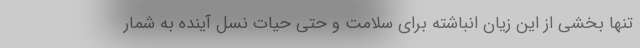
تنها بخشی از این زیان انباشته برای سلامت و حتی حیات نسل آینده به شمار